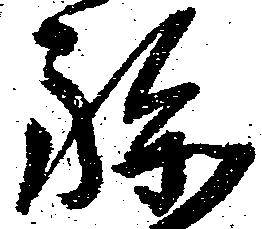
孫